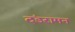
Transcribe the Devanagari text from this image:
दंडरामन